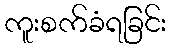
ကူးစက်ခံရခြင်း